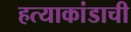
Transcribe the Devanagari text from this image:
हत्याकांडाची